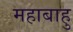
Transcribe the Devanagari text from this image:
महाबाहु